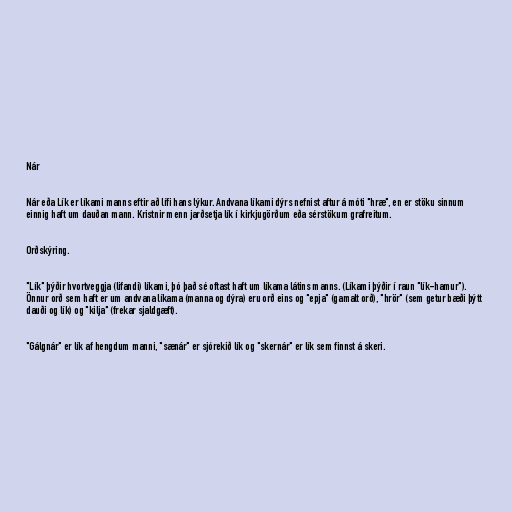
Nár

Nár eða Lík er líkami manns eftir að lífi hans lýkur. Andvana líkami dýrs nefnist aftur á móti "hræ", en er stöku sinnum
einnig haft um dauðan mann. Kristnir menn jarðsetja lík í kirkjugörðum eða sérstökum grafreitum.

Orðskýring.

"Lík" þýðir hvortveggja (lifandi) líkami, þó það sé oftast haft um líkama látins manns. (Líkami þýðir í raun "lík-hamur").
Önnur orð sem haft er um andvana líkama (manna og dýra) eru orð eins og "epja" (gamalt orð), "hrör" (sem getur bæði þýtt
dauði og lík) og "kilja" (frekar sjaldgæft).

"Gálgnár" er lík af hengdum manni, "sænár" er sjórekið lík og "skernár" er lík sem finnst á skeri.